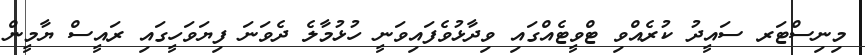
މިނިސްޓަރ ސައީދު ކުރެއްވި ޓްވީޓެއްގައި ވިދާޅުވެފައިވަނީ ހުޅުމާލެ ދެވަނަ ފިޔަވަހީގައި ރައީސް ޔާމީން